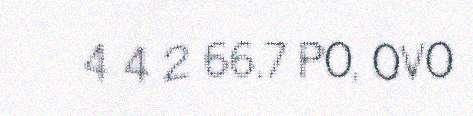
4 4 2 66.7 PO, OVO